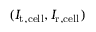
( I _ { \mathrm { t , c e l l } } , I _ { \mathrm { r , c e l l } } )